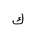
Letter: _kaf